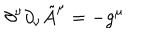
LaTeX: \partial ^ { \nu } \partial _ { \nu } \tilde { A } ^ { \mu } = - g ^ { \mu }